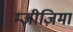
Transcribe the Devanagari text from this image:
म्ज़ीज़िमा